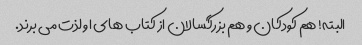
البته! هم کودکان و هم بزرگسالان از کتاب های او لذت می برند.